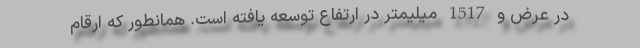
در عرض و 1517 میلیمتر در ارتفاع توسعه یافته است. همانطور که ارقام